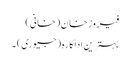
فیروز خان (خانی)
بہترین اداکارہ (جیوری) ۔